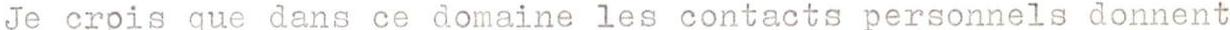
Je crpis que dans ce domaine les contacts personnels donnent